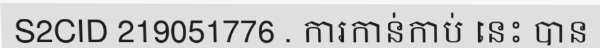
S2CID 219051776 . ការកាន់កាប់ នេះ បាន